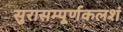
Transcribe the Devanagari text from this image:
सुरासम्पूर्णकलशं